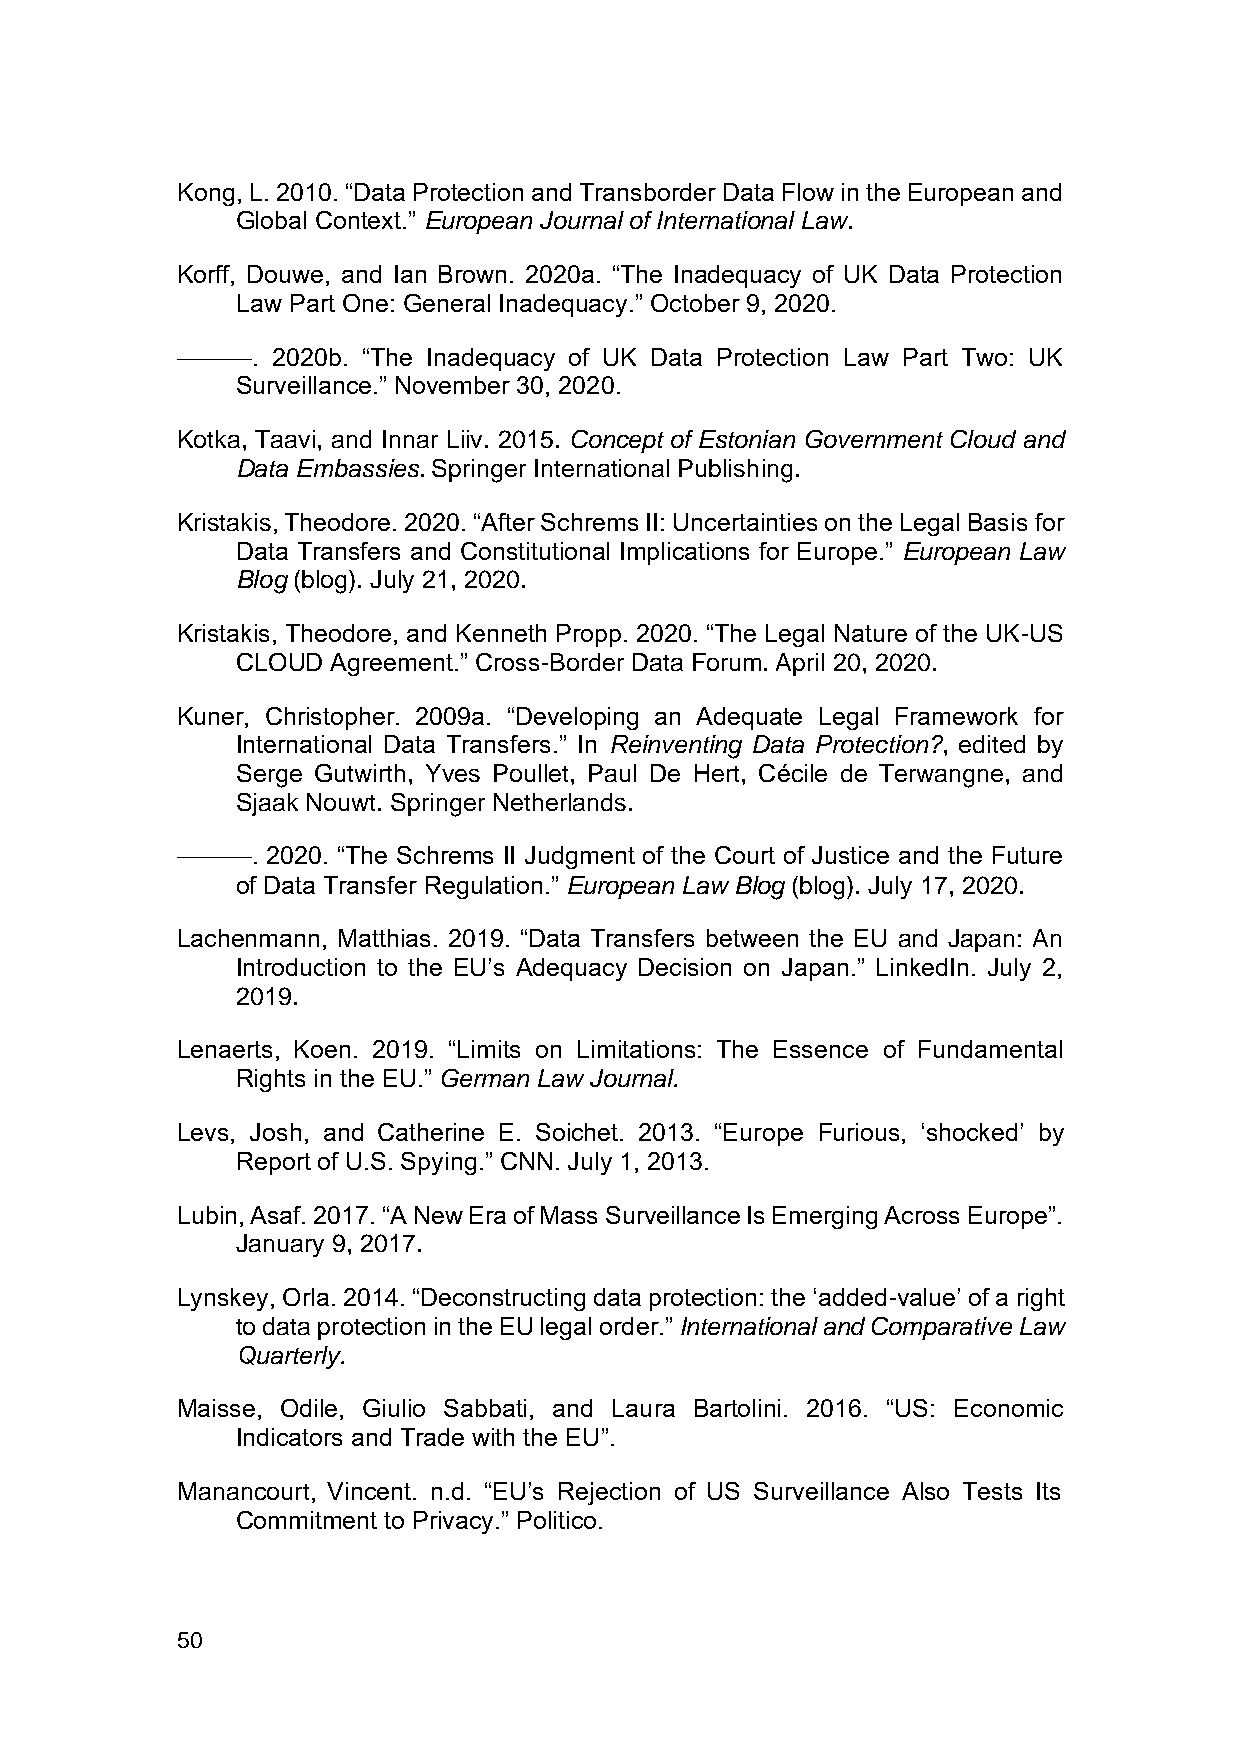
Kong, L. 2010. “Data Protection and Transborder Data Flow in the European and
 Global Context.” European Journal of International Law.
 Korff, Douwe, and Ian Brown. 2020a. “The Inadequacy of UK Data Protection
 Law Part One: General Inadequacy.” October 9, 2020.
 ———.  2020b. “The Inadequacy of UK Data Protection Law Part Two: UK
 Surveillance.” November 30, 2020.
 Kotka, Taavi, and Innar Liiv. 2015. Concept of Estonian Government Cloud and
 Data Embassies. Springer International Publishing.
 Kristakis, Theodore. 2020. “After Schrems II: Uncertainties on the Legal Basis for
 Data Transfers and Constitutional Implications for Europe.” European Law
 Blog (blog). July 21, 2020.
 Kristakis, Theodore, and Kenneth Propp. 2020. “The Legal Nature of the UK-US
 CLOUD Agreement.” Cross-Border Data Forum. April 20, 2020.
 Kuner, Christopher. 2009a. “Developing an Adequate Legal Framework for
 International Data Transfers.” In Reinventing Data Protection?, edited by
 Serge Gutwirth, Yves Poullet, Paul De Hert, Cécile de Terwangne, and
 Sjaak Nouwt. Springer Netherlands.
 ———.  2020. “The Schrems II Judgment of the Court of Justice and the Future
 of Data Transfer Regulation.” European Law Blog (blog). July 17, 2020.
 Lachenmann, Matthias. 2019. “Data Transfers between the EU and Japan: An
 Introduction to the EU’s Adequacy Decision on Japan.” LinkedIn. July 2,
 2019.
 Lenaerts, Koen. 2019. “Limits on Limitations: The Essence of Fundamental
 Rights in the EU.” German Law Journal.
 Levs, Josh, and Catherine E. Soichet. 2013. “Europe Furious, ‘shocked’ by
 Report of U.S. Spying.” CNN. July 1, 2013.
 Lubin, Asaf. 2017. “A New Era of Mass Surveillance Is Emerging Across Europe”.
 January 9, 2017.
 Lynskey, Orla. 2014. “Deconstructing data protection: the ‘added-value’ of a right
 to data protection in the EU legal order.” International and Comparative Law
 Quarterly.
 Maisse, Odile, Giulio Sabbati, and Laura Bartolini. 2016. “US: Economic
 Indicators and Trade with the EU”.
 Manancourt, Vincent. n.d. “EU’s Rejection of US Surveillance Also Tests Its
 Commitment to Privacy.” Politico.
 50